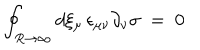
LaTeX: \oint _ { R \to \infty } d \xi _ { \mu } \, \epsilon _ { \mu \nu } \partial _ { \nu } \sigma \; = \; 0